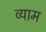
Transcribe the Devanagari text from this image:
व्याम